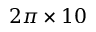
2 \pi \times 1 0